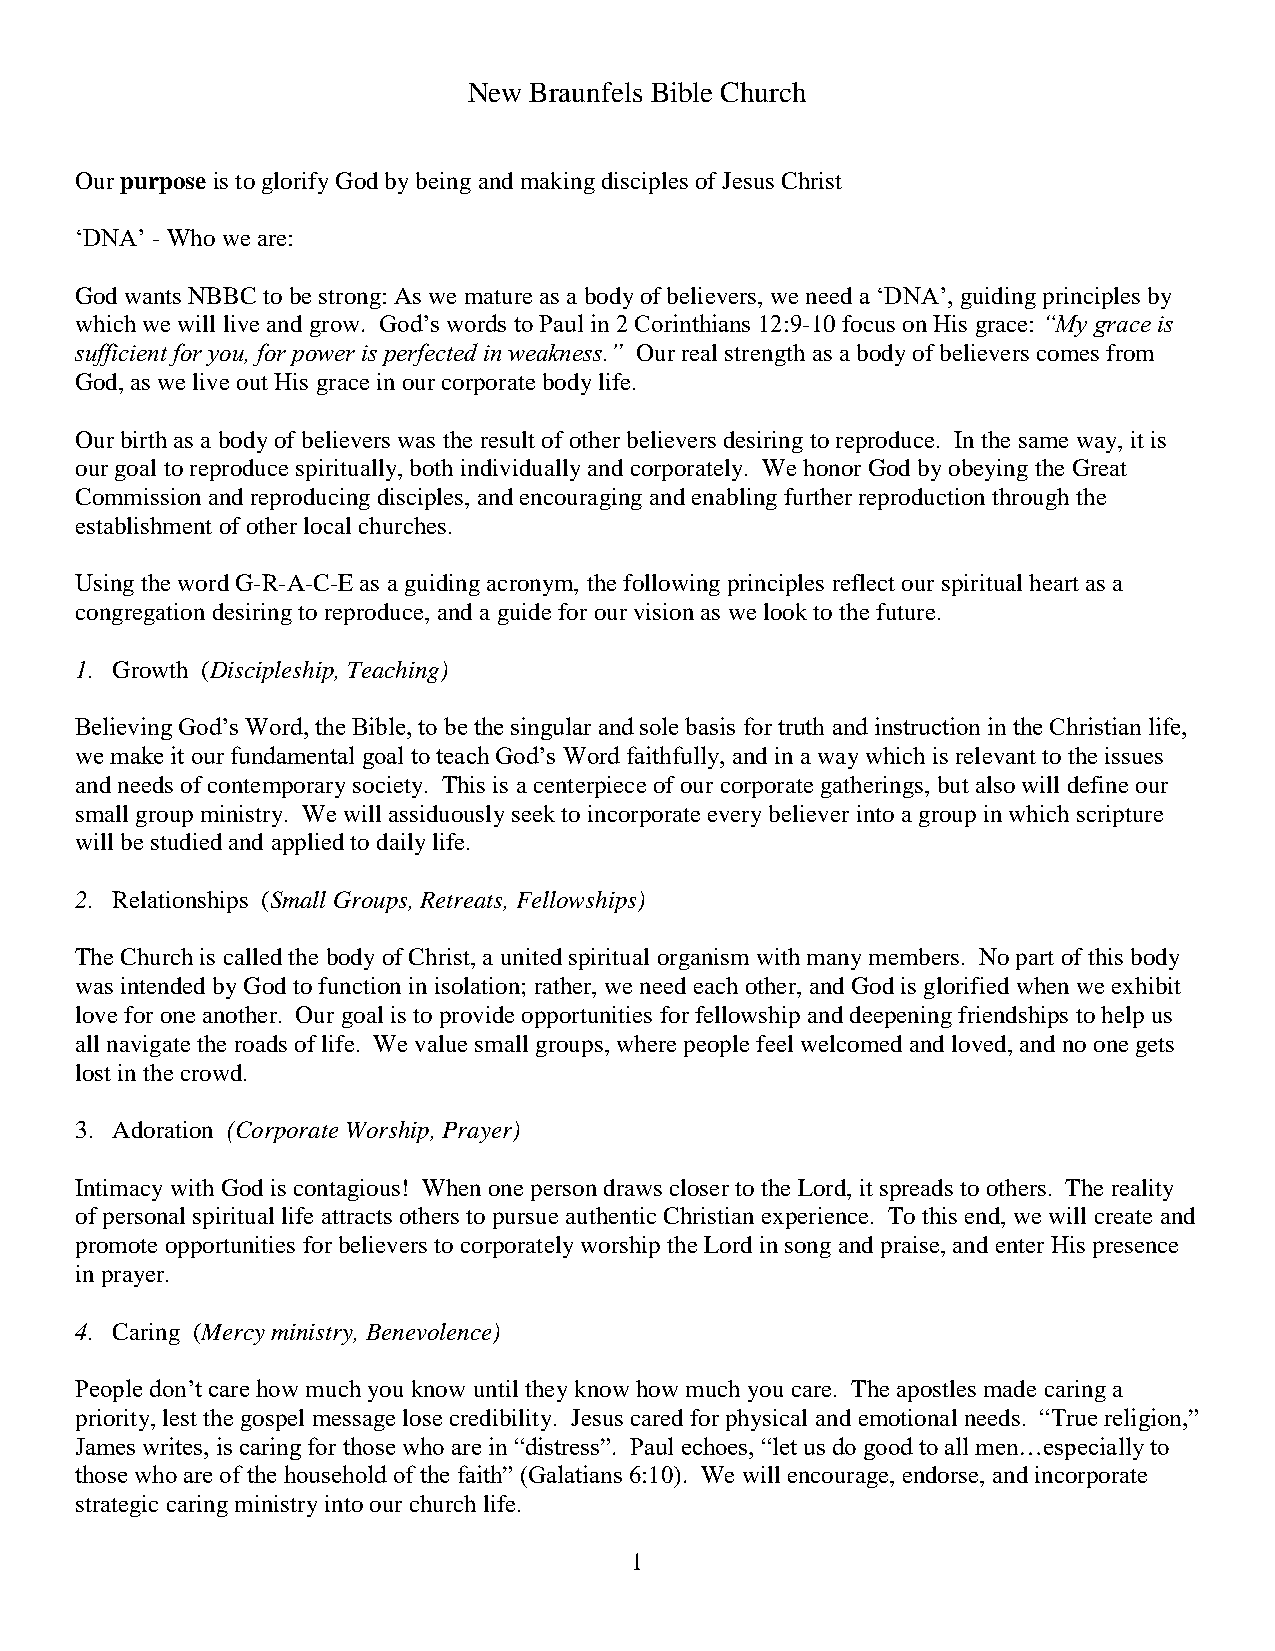
New Braunfels Bible Church
 Our purpose is to glorify God by being and making disciples of Jesus Christ
 ‘DNA’ - Who we are:
 God wants NBBC to be strong: As we mature as a body of believers, we need a ‘DNA’, guiding principles by
 which we will live and grow. God’s words to Paul in 2 Corinthians 12:9-10 focus on His grace: “My grace is
 sufficient for you, for power is perfected in weakness.” Our real strength as a body of believers comes from
 God, as we live out His grace in our corporate body life.
 Our birth as a body of believers was the result of other believers desiring to reproduce. In the same way, it is
 our goal to reproduce spiritually, both individually and corporately. We honor God by obeying the Great
 Commission and reproducing disciples, and encouraging and enabling further reproduction through the
 establishment of other local churches.
 Using the word G-R-A-C-E as a guiding acronym, the following principles reflect our spiritual heart as a
 congregation desiring to reproduce, and a guide for our vision as we look to the future.
 1. Growth (Discipleship, Teaching)
 Believing God’s Word, the Bible, to be the singular and sole basis for truth and instruction in the Christian life,
 we make it our fundamental goal to teach God’s Word faithfully, and in a way which is relevant to the issues
 and needs of contemporary society. This is a centerpiece of our corporate gatherings, but also will define our
 small group ministry. We will assiduously seek to incorporate every believer into a group in which scripture
 will be studied and applied to daily life.
 2. Relationships (Small Groups, Retreats, Fellowships)
 The Church is called the body of Christ, a united spiritual organism with many members. No part of this body
 was intended by God to function in isolation; rather, we need each other, and God is glorified when we exhibit
 love for one another. Our goal is to provide opportunities for fellowship and deepening friendships to help us
 all navigate the roads of life. We value small groups, where people feel welcomed and loved, and no one gets
 lost in the crowd.
 3. Adoration (Corporate Worship, Prayer)
 Intimacy with God is contagious! When one person draws closer to the Lord, it spreads to others. The reality
 of personal spiritual life attracts others to pursue authentic Christian experience. To this end, we will create and
 promote opportunities for believers to corporately worship the Lord in song and praise, and enter His presence
 in prayer.
 4. Caring (Mercy ministry, Benevolence)
 People don’t care how much you know until they know how much you care. The apostles made caring a
 priority, lest the gospel message lose credibility. Jesus cared for physical and emotional needs. “True religion,”
 James writes, is caring for those who are in “distress”. Paul echoes, “let us do good to all men…especially to
 those who are of the household of the faith” (Galatians 6:10). We will encourage, endorse, and incorporate
 strategic caring ministry into our church life.
 1